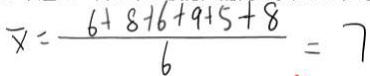
\overline { x } = \frac { 6 + 8 + 6 + 9 + 5 + 8 } { 6 } = 7